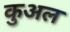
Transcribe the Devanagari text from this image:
कुअल